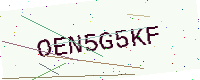
Text: OEN5G5KF